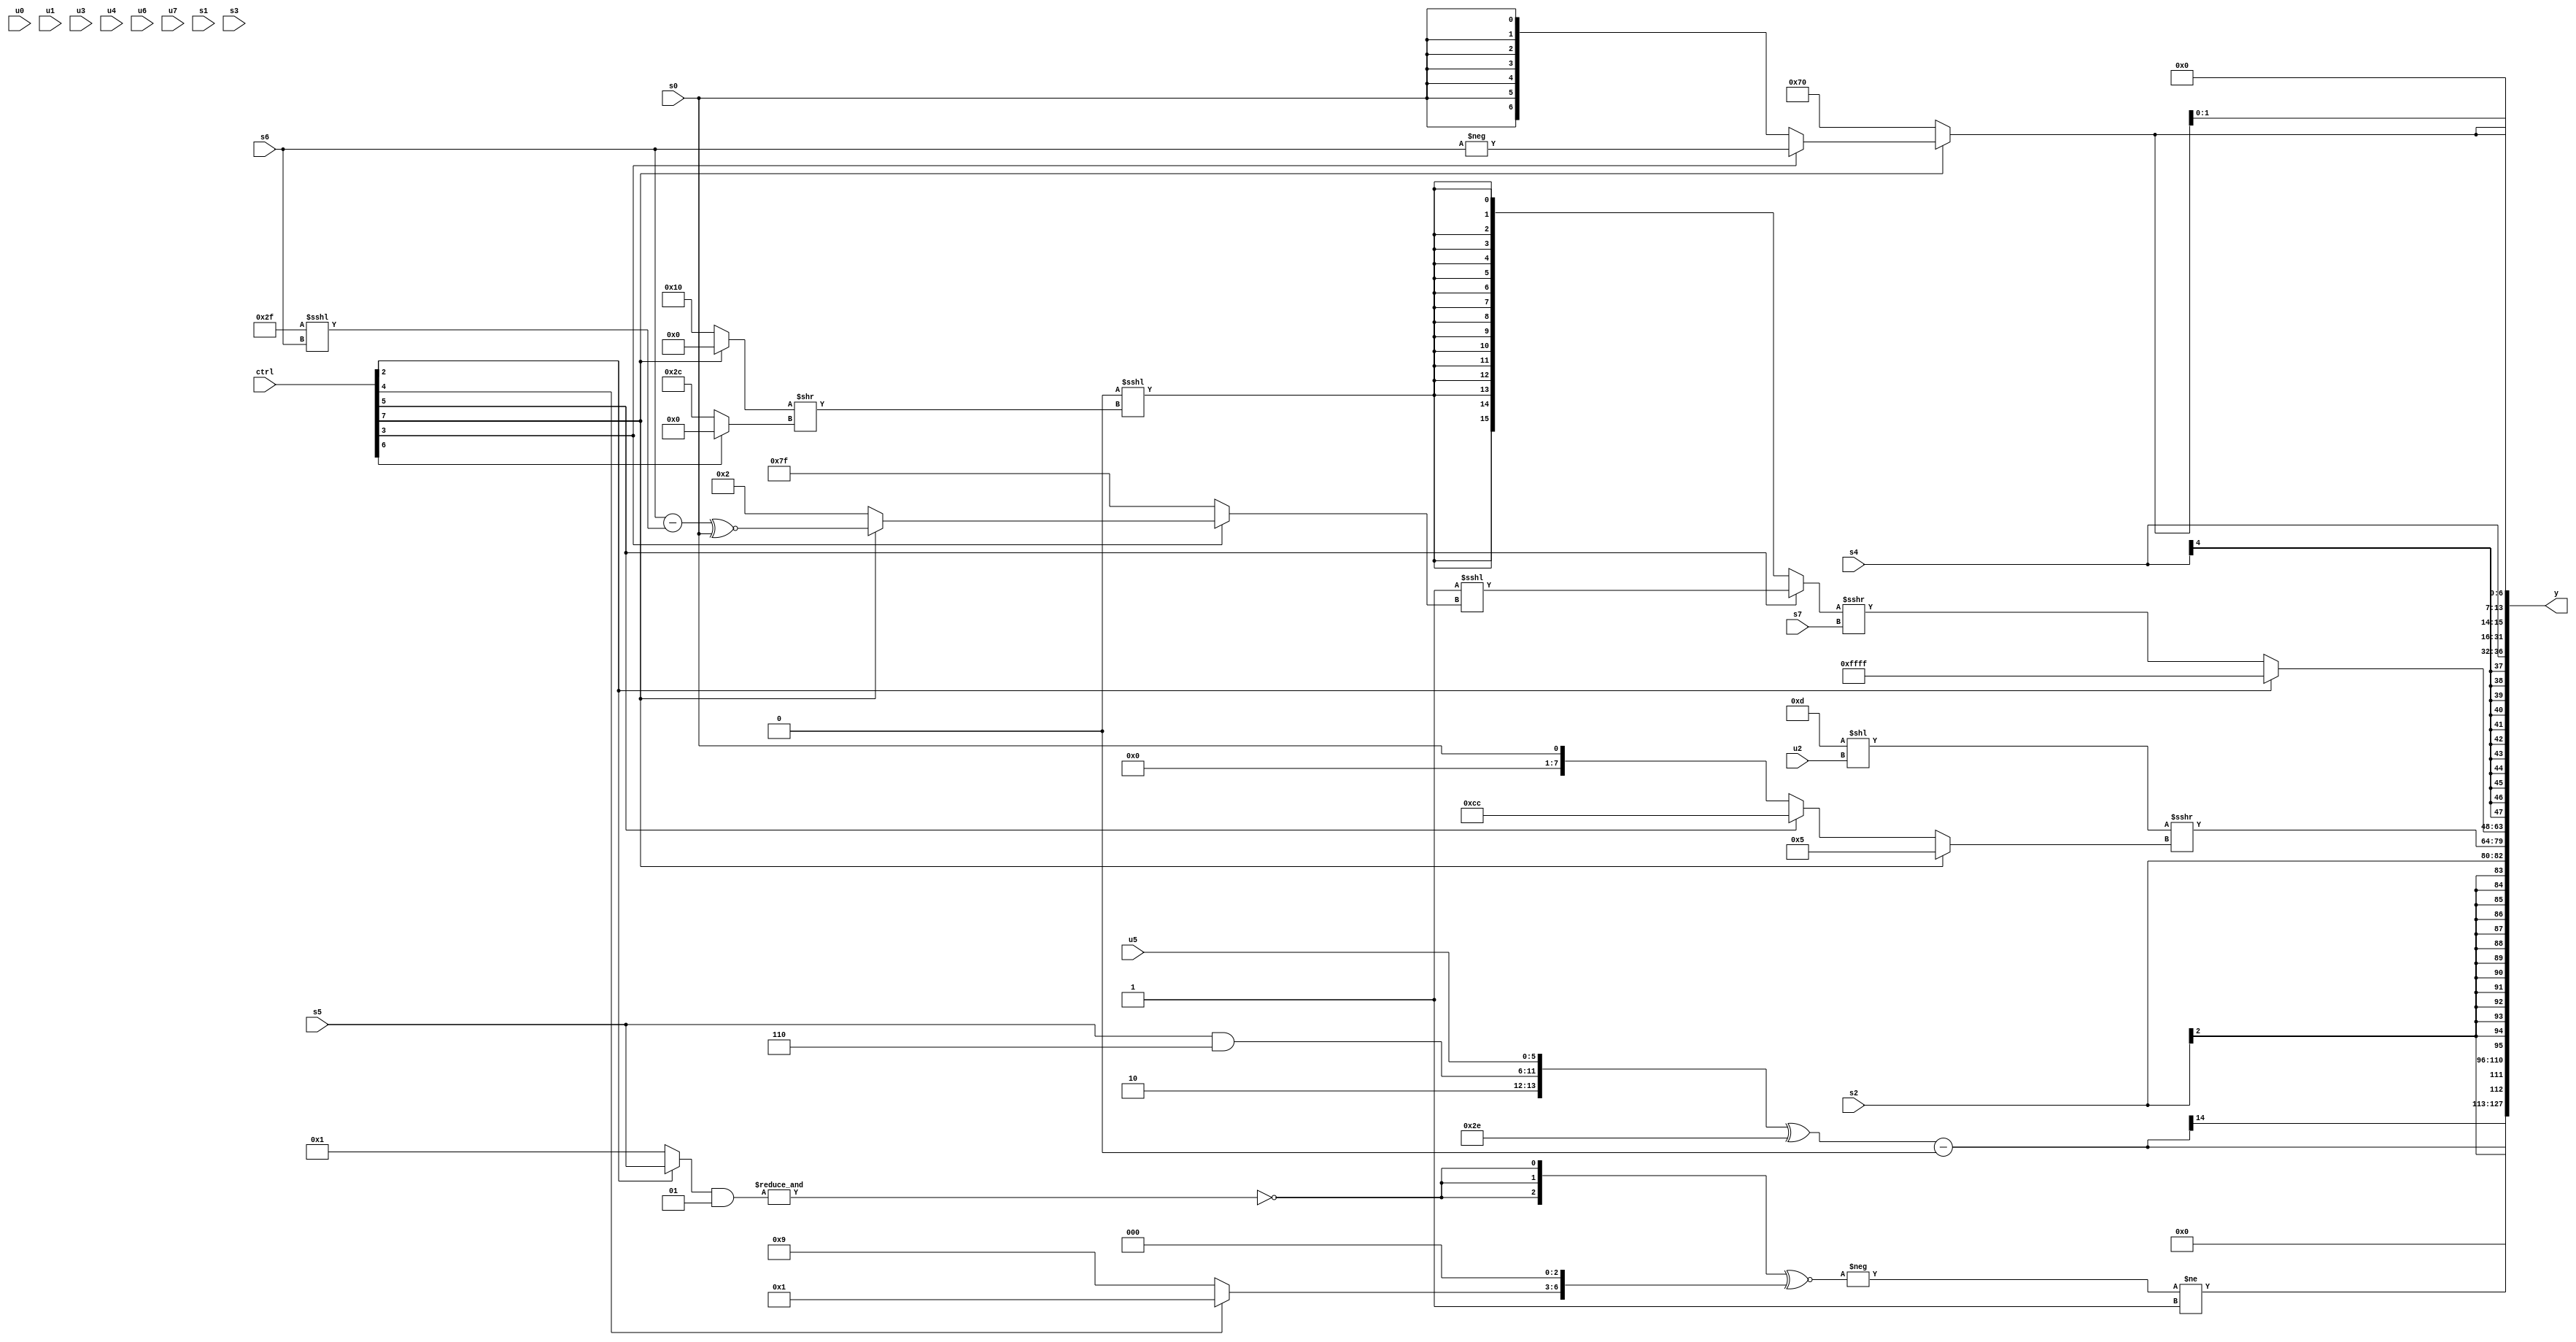
module wideexpr_00733(ctrl, u0, u1, u2, u3, u4, u5, u6, u7, s0, s1, s2, s3, s4, s5, s6, s7, y);
  input [7:0] ctrl;
  input [0:0] u0;
  input [1:0] u1;
  input [2:0] u2;
  input [3:0] u3;
  input [4:0] u4;
  input [5:0] u5;
  input [6:0] u6;
  input [7:0] u7;
  input signed [0:0] s0;
  input signed [1:0] s1;
  input signed [2:0] s2;
  input signed [3:0] s3;
  input signed [4:0] s4;
  input signed [5:0] s5;
  input signed [6:0] s6;
  input signed [7:0] s7;
  output [127:0] y;
  wire [15:0] y0;
  wire [15:0] y1;
  wire [15:0] y2;
  wire [15:0] y3;
  wire [15:0] y4;
  wire [15:0] y5;
  wire [15:0] y6;
  wire [15:0] y7;
  assign y = {y0,y1,y2,y3,y4,y5,y6,y7};
  assign y0 = (-((({3{~&(((ctrl[2]?s5:4'sb0001))&(5'sb00001))}})<<<({$signed(+(-(2'sb00)))}))^~({(ctrl[4]?1'sb1:5'b01001),$signed((+((3'sb101)<<<(4'sb0101)))<<<(3'sb110))})))!=(1'sb1);
  assign y1 = (({2'b10,{(s5)&(3'b110),$unsigned(u5)}})^(6'sb101110))-(&({(ctrl[0]?(s4)<<<(u2):$signed(2'sb11)),{(s1)&(s6),-(4'sb1100),(4'sb1010)==(1'sb1)},($signed(3'sb001))+((2'sb00)|(s7))}));
  assign y2 = s2;
  assign y3 = ({($unsigned(6'sb001101))<<(u2)})>>>(((ctrl[7]?(ctrl[7]?3'sb101:$signed((u7)<<<(3'sb110))):+((ctrl[5]?{2{4'sb1100}}:s0))))<<(((s2)>>>((1'sb1)<<<({s3,3'b101})))>>(5'sb01000)));
  assign y4 = (ctrl[2]?3'sb111:((ctrl[5]?($signed(~^((+({1{1'sb1}}))>>>(+(6'b001101)))))<<<((ctrl[3]?(ctrl[7]?((+(s6))-((6'sb101111)<<<(s6)))^~(s0):4'sb0010):1'sb1)):$signed(-((1'b0)<<<(((ctrl[7]?1'sb0:5'sb10000))>>((ctrl[6]?(ctrl[3]?1'sb0:3'sb000):(6'sb011111)^~(5'sb01100))))))))>>>($signed(s7)));
  assign y5 = s4;
  assign y6 = (|(2'b11))>>>(2'b11);
  assign y7 = {3{(ctrl[7]?(ctrl[3]?-(s6):s0):5'sb10000)}};
endmodule